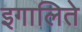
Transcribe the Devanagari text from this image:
इगालिते